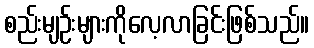
စည်းမျဉ်းများကိုလေ့လာခြင်းဖြစ်သည်။